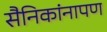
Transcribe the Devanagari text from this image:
सैनिकांनापण